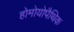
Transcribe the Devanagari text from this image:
होमोयोपैथिक